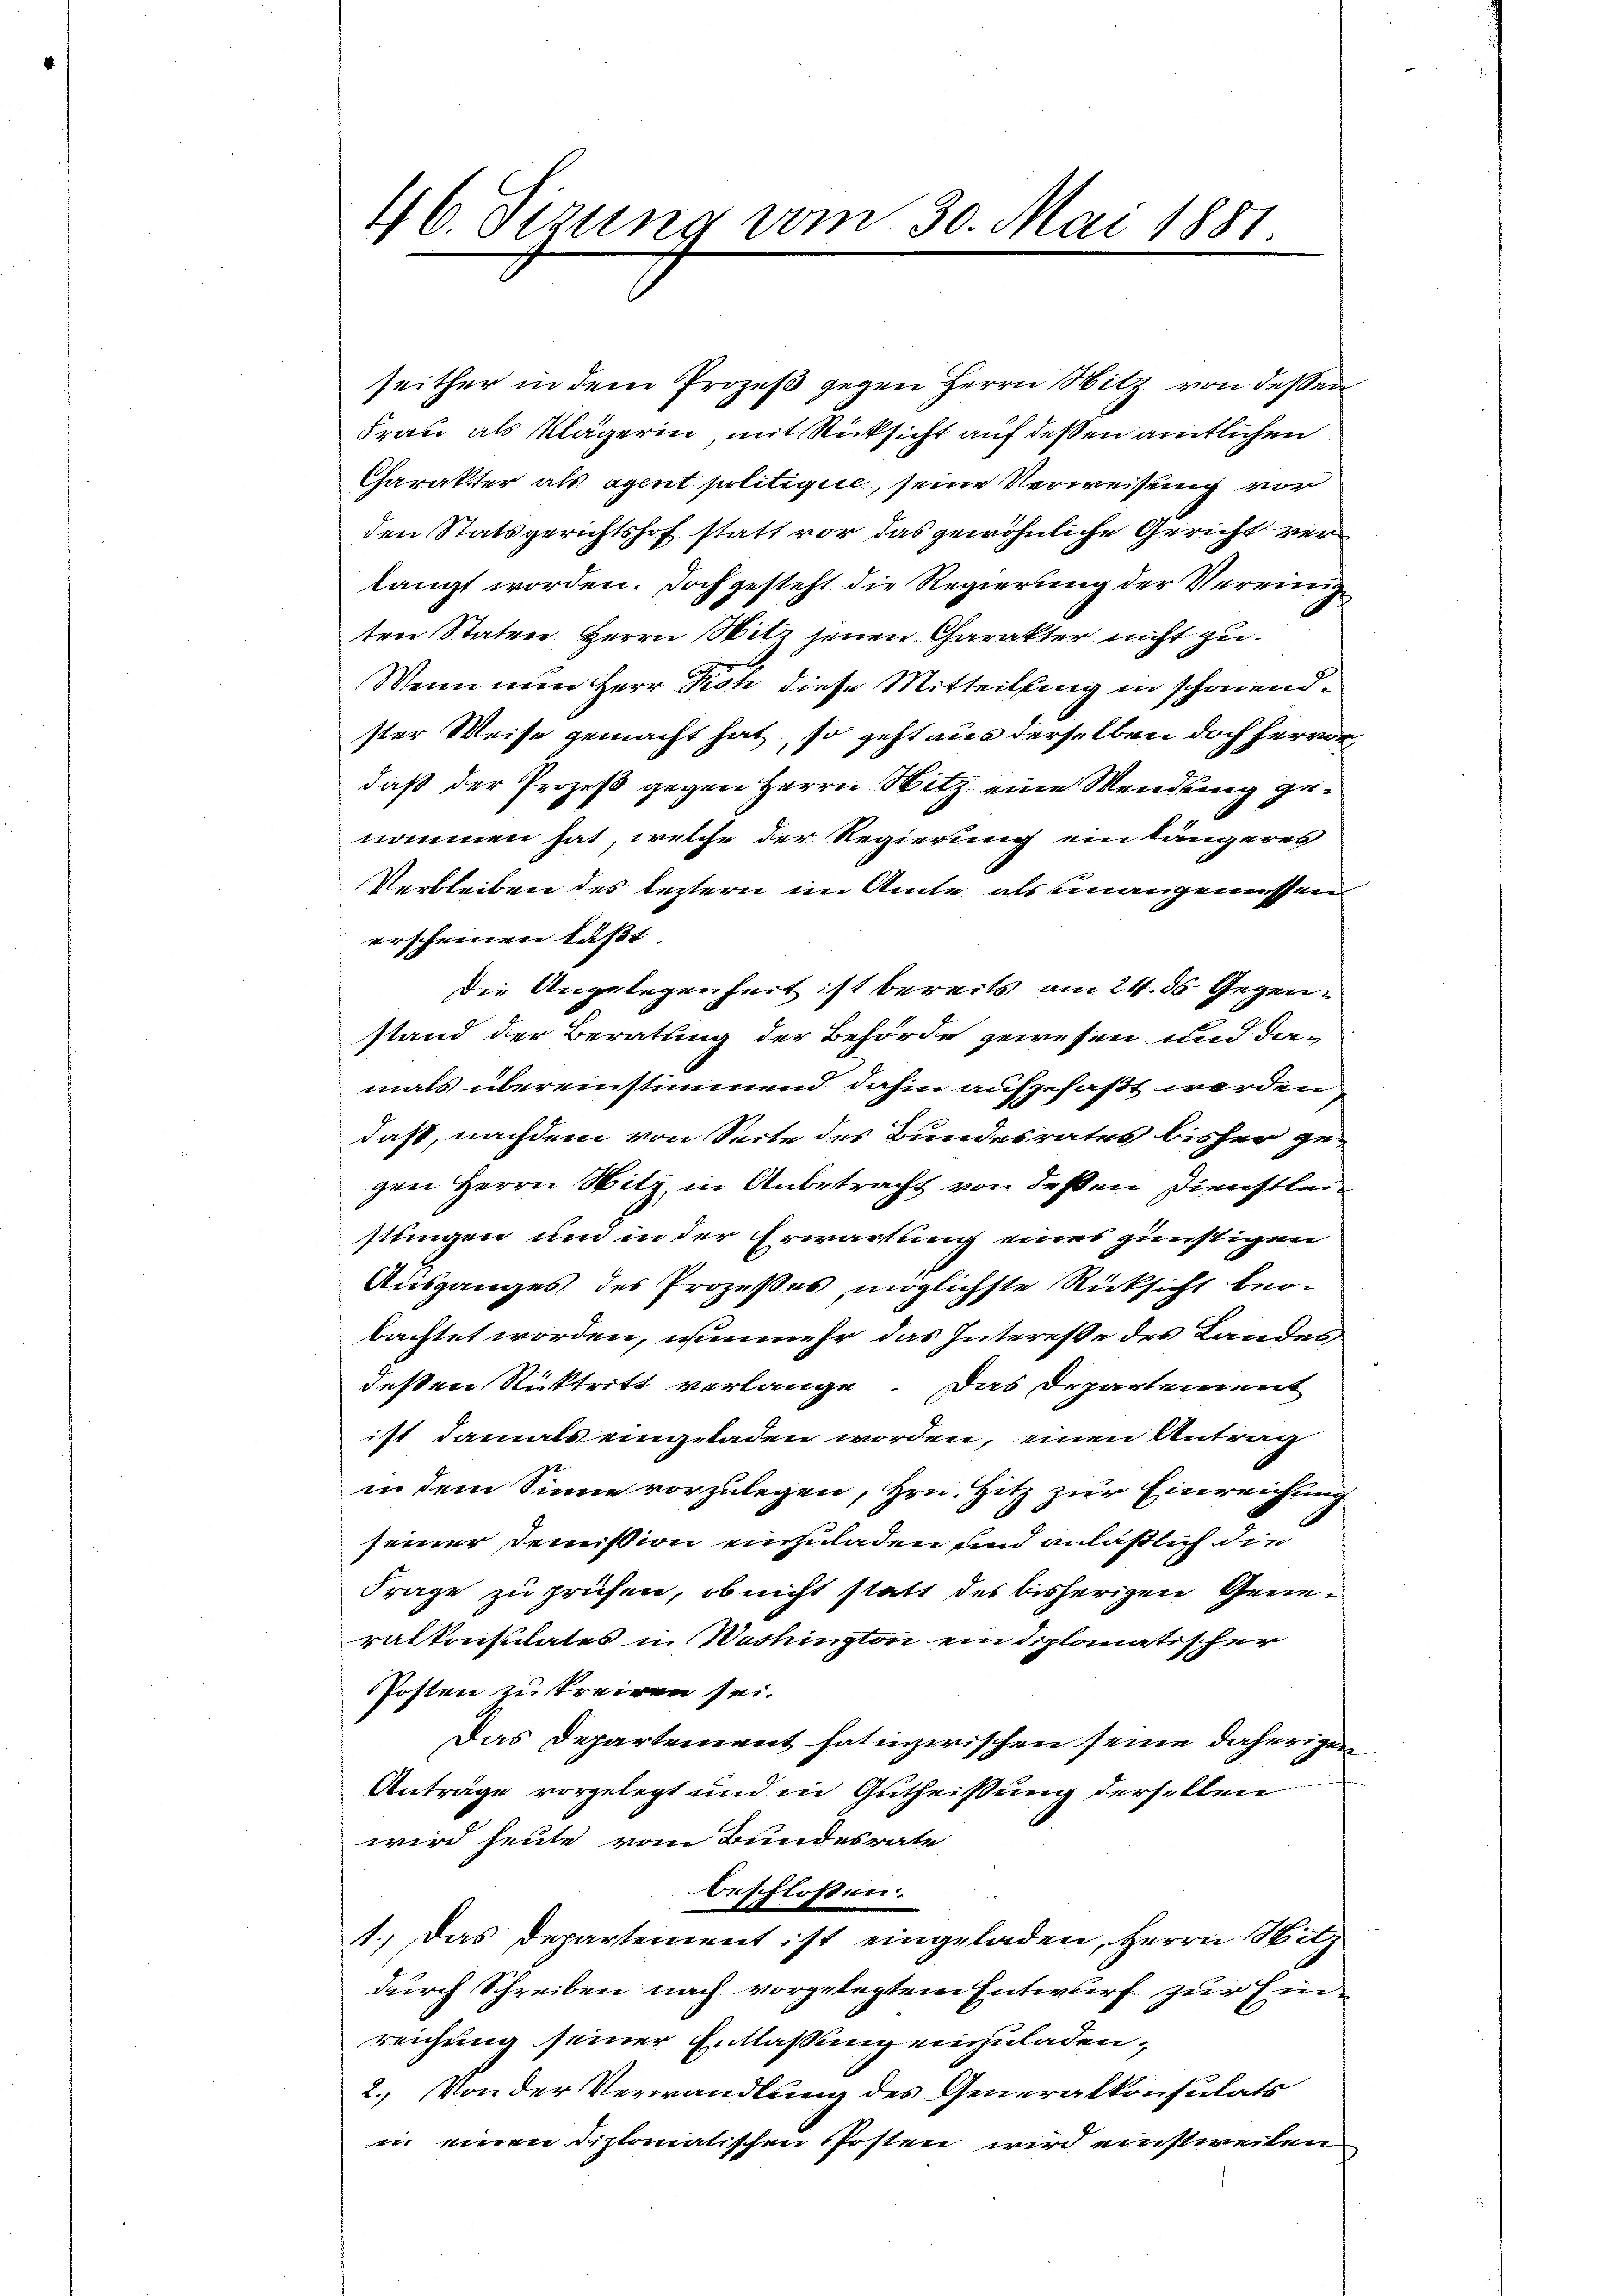
46. Sizung vom 30. Mai 1881.

seither in dem Prozeß gegen Herrn Witz von dessen
Frau als Klägerin mit Rücksicht auf deßen amtlichen
Charakter als agent politigire, seine Verweisung vor
den Statsgerichtshof statt vor das gewöhnliche Gericht verlangt worden. Doch gesteht die Regierung der Vereinigten Staten Herrn Witz jenen Charakter nicht zu
Wenn nun Herr Dich diese Mitteilung in schönendster Weise gemacht hat, so geht aus derselben doch hervor,
daß der Prozeß gegen Herrn Sitz eine Wendung genommen hat, welche der Regierung einlängeres
Verbleiben des leztern im Amte als unangenossen
erscheinen läßt.
Die Angelegenheit ist bereits am 24. ds. Gegenstand der Beratung der Behörde gewesen und da-
mals übereinstimmend dahin aufgefaßt werden,
daß, nachdem von Seite des Bundesrates bisher gegen Herrn Witz in Anbetracht von deßen Dienstleistungen und in der Erwartung eines günstigen
Ausganges des Prozeßes möglichste Rücksicht beobachtet worden, wienmehr das Interesse des Landes
deßen Rücktritt verlange. Das Departement
ist damals eingeladen worden, einen Antrag
in dem Sinne vorzulegen, Hrn. Hitz zur Einreichung
seiner Demission einzuladen und anläßlich die
Frage zu prüfen, ob nicht statt des bisherigen Generalkonsulates in Washington ein diplomatischer
Posten zu treiben sei.
Das Departement hat inzwischen seine daherigen
Anträge vorgelegt und in Gutheißung derselben
wird heute vom Bundesrate
beschloßen:
1.) Das Departement ist eingeladen, Herrn Hitz
durch Schreiben nach vorgelegtem Entwurf zur Einreichung seiner Entlaßung einzuladen,
2. Von der Verwandlung des Generalkonsulats
in einen diplomatischen Posten wird einstweilen